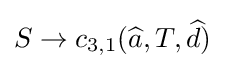
S\to c_{3,1}({\widehat {a}},T,{\widehat {d}})